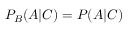
P _ { B } ( A | C ) = P ( A | C )